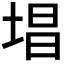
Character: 𪣧